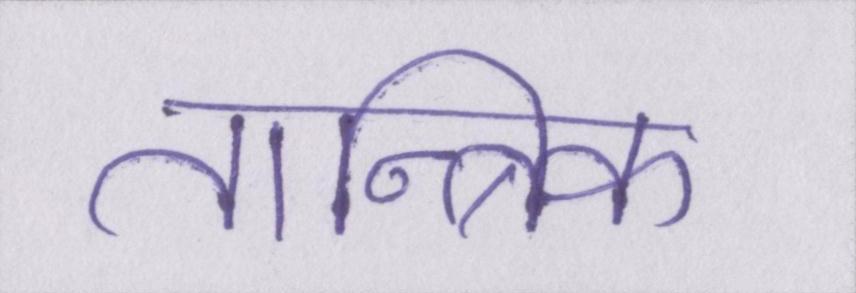
तान्त्रिक